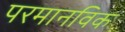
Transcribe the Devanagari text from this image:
परमानविक